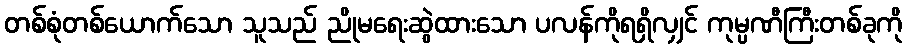
တစ်စုံတစ်ယောက်သော သူသည် ညိုမရေးဆွဲထားသော ပလန်ကိုရရှိလျှင် ကုမ္ပဏီကြီးတစ်ခုကို